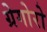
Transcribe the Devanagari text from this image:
ग्रेगोरो